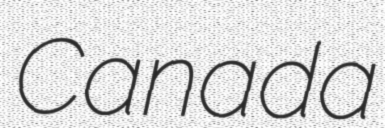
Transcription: Canada